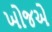
ખોજએ